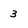
Character: 3